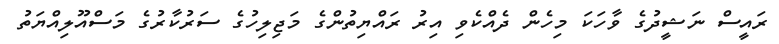
ރައީސް ނަޝީދުގެ ވާހަކަ މިހެން ދެއްކެވި އިރު ރައްޔިތުންގެ މަޖިލިހުގެ ސަރުކާރުގެ މަސްއޫލިއްޔަތު